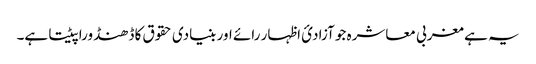
یہ ہے مغربی معاشرہ جو آزادیٔ اظہار رائے اور بنیادی حقوق کا ڈھنڈورا پیٹتا ہے۔